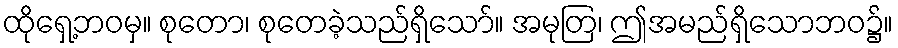
ထိုရှေ့ဘဝမှ။ စုတော၊ စုတေခဲ့သည်ရှိသော်။ အမုတြ၊ ဤအမည်ရှိသောဘဝ၌။